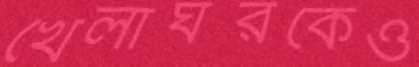
খেলাঘরকেও